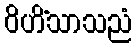
ဝိဟိံသာသညံ